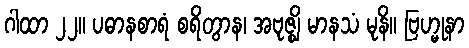
ဂါထာ ၂၂။ ပဓာနစာရံ စရိတွာန၊ အဗုဇ္ဈိ မာနသံ မုနိ။ ဗြဟ္မုနာ